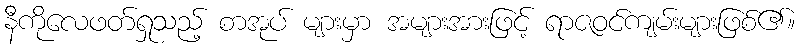
နီကိုလေဖတ်ရှုသည့် စာအုပ် များမှာ အများအားဖြင့် ရာဇဝင်ကျမ်းများဖြစ်၏။